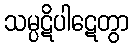
သမ္ပဋိပါဋေတွာ